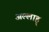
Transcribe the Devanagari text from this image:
अल्लाह्